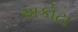
અકોટા